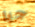
جيا